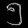
Digit: ၅